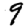
Digit: 9